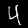
Label: 4